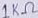
Text: 1KΩ